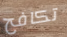
تكافح